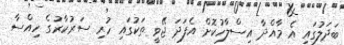
ބަދަލުގައި އެ މާއްދާ އިސްލާހުކޮށް އެފަދަ ޖޭވީ ތަކުގައި ހުރި ސަރުކާރުގެ ހިއްސާ